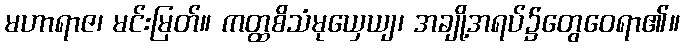
မဟာရာဇ၊ မင်းမြတ်။ ကတ္ထစိသံမုယှေယျ၊ အချို့အရပ်၌တွေဝေရာ၏။